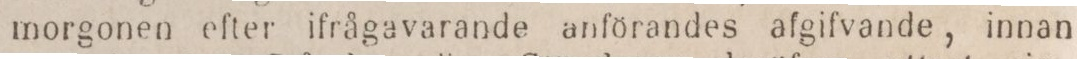
morgonen efter ifrågavarande anförandes afgifvande, innan